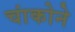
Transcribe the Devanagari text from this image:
चांकोने